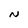
Character: N